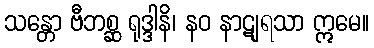
သန္တော ဗီဘစ္ဆ ရုဒ္ဒါနိ၊ နဝ နာဋျရသာ ဣမေ။